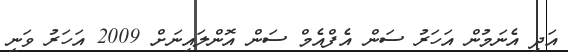
އަދި އެނަމުން އަހަރު ސަން އެފްއެމް ސަން އޮންލައިނަށް 2009 އަހަރު ވަނީ